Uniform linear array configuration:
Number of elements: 16
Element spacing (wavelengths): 1
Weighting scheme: hann
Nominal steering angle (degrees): -15
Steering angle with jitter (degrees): -14.827
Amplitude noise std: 0.05
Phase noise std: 0.05

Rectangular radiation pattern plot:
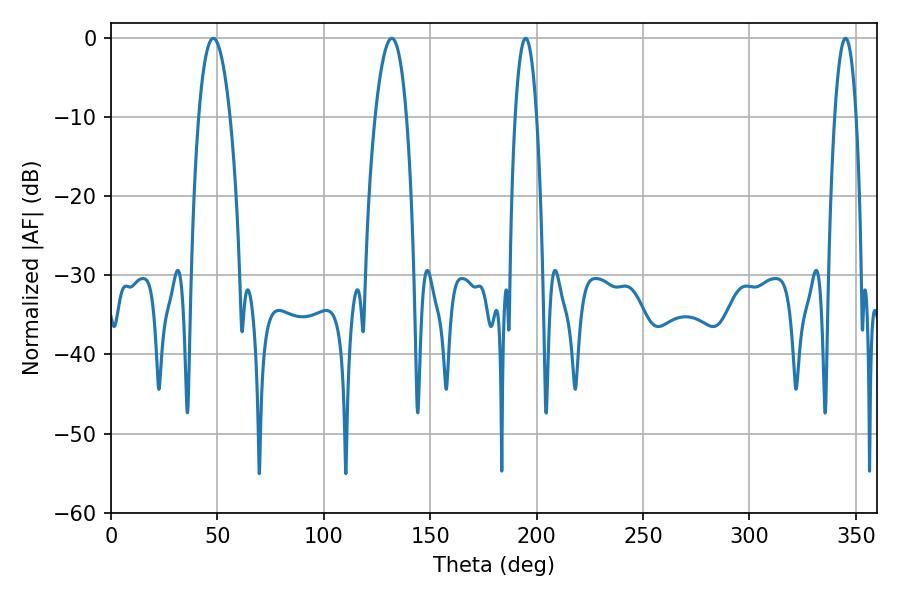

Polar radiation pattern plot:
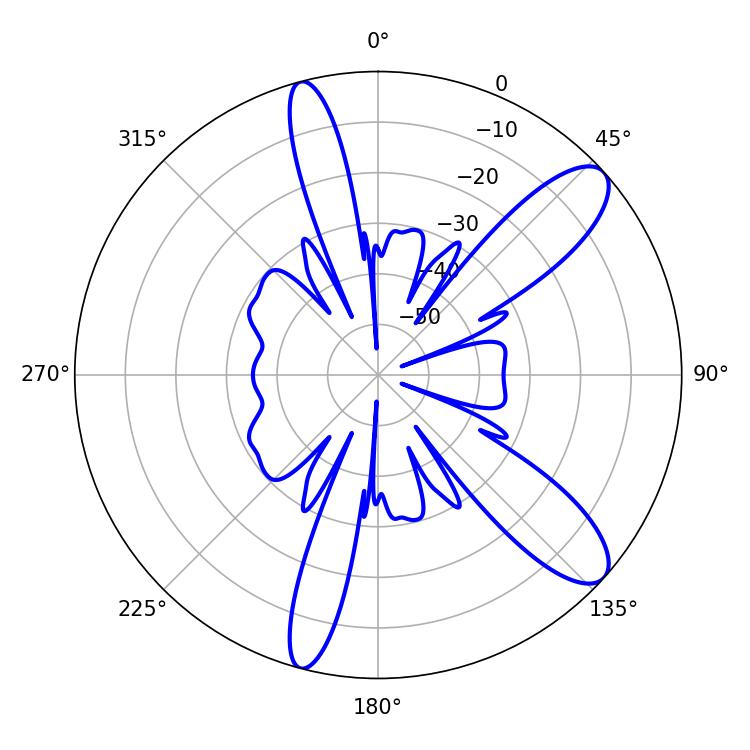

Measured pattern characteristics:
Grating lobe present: TRUE
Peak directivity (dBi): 10.61
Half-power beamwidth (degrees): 8.28
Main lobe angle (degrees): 48.06